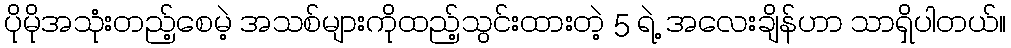
ပိုမိုအသုံးတည့်စေမဲ့ အသစ်များကိုထည့်သွင်းထားတဲ့ 5 ရဲ့ အလေးချိန်ဟာ သာရှိပါတယ်။